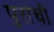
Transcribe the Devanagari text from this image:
पुरांची